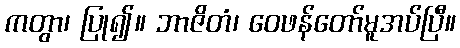
ကတွာ၊ ပြု၍။ ဘာဇိတံ၊ ဝေဖန်တော်မူအပ်ပြီ။